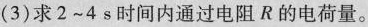
(3)求2~4s时间内通过电阻R的电荷量。